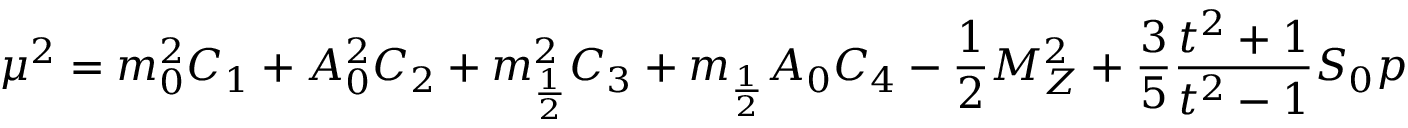
\mu ^ { 2 } = m _ { 0 } ^ { 2 } C _ { 1 } + A _ { 0 } ^ { 2 } C _ { 2 } + m _ { \frac { 1 } { 2 } } ^ { 2 } C _ { 3 } + m _ { \frac { 1 } { 2 } } A _ { 0 } C _ { 4 } - \frac { 1 } { 2 } M _ { Z } ^ { 2 } + \frac { 3 } { 5 } \frac { t ^ { 2 } + 1 } { t ^ { 2 } - 1 } S _ { 0 } p